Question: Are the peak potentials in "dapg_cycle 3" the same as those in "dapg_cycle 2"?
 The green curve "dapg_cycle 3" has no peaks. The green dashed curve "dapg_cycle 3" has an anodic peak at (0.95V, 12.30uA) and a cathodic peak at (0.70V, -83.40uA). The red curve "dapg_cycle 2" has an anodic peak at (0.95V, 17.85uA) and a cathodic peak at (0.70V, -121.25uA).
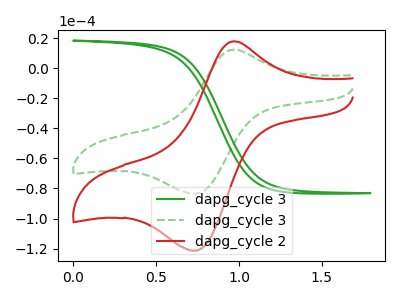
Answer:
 <answer>Yes, "dapg_cycle 3" have a peak in "dapg_cycle 2" at the same potential.</answer>
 <eval>match</eval>